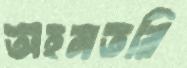
অহনতরি